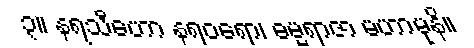
၃။ နရသီဟော နရဝရော၊ ဓမ္မရာဇာ မဟာမုနိ။